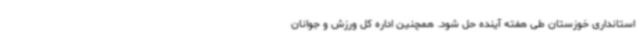
استانداری خوزستان طی هفته آینده حل شود. همچنین اداره کل ورزش و جوانان